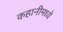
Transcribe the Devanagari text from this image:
कहानीमध्ये